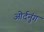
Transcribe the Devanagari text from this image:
ओर्दनुंग